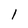
Character: l